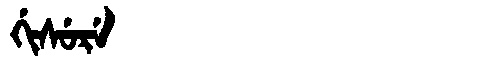
Manchu: ᡤᡳᠰᡠᡵᡝ
Romanization: GISURE